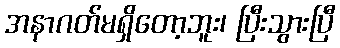
အနာဂတ်မရှိတော့ဘူး၊ ပြီးသွားပြီ